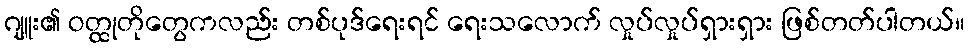
ဂျူး၏ ဝတ္ထုတိုတွေကလည်း တစ်ပုဒ်ရေးရင် ရေးသလောက် လှုပ်လှုပ်ရှားရှား ဖြစ်တတ်ပါတယ်။